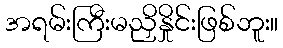
အရမ်းကြီးမညှိနှိုင်းဖြစ်ဘူး။